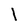
Character: l